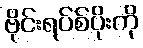
ဗိုင်းရပ်စ်ပိုးကို